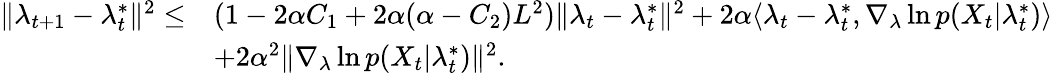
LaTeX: \begin{array}{rl}{\| \lambda_{t+1}-\lambda_{t}^{*}\| ^{2}\leq}&{(1-2\alpha C_{1}+2\alpha(\alpha-C_{2})L^{2})\| \lambda_{t}-\lambda_{t}^{*}\| ^{2}+2\alpha\langle\lambda_{t}-\lambda_{t}^{*},\nabla_{\lambda}\ln p(X_{t}|\lambda_{t}^{*})\rangle}\\ &{+2\alpha^{2}\| \nabla_{\lambda}\ln p(X_{t}|\lambda_{t}^{*})\| ^{2}.}\end{array}